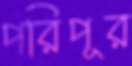
পরিপূর